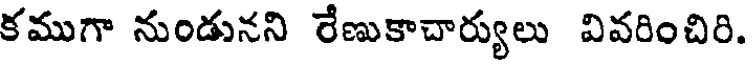
కముగా నుండునని రేణుకాచార్యులు వివరించిరి.